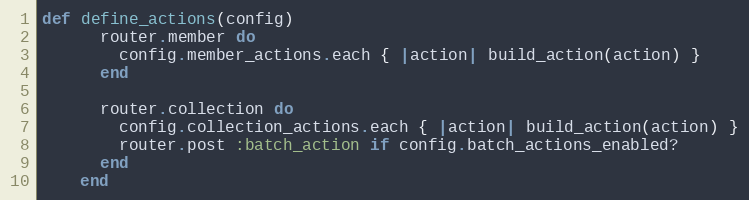
Language: Ruby
def define_actions(config)
      router.member do
        config.member_actions.each { |action| build_action(action) }
      end

      router.collection do
        config.collection_actions.each { |action| build_action(action) }
        router.post :batch_action if config.batch_actions_enabled?
      end
    end